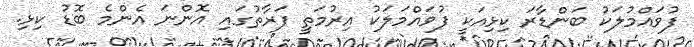
ފުވައްމުލަކު ބަންޑާރަ ކިޅިއަކީ ފުވައްމަލަކު އިރުމަތީ ފަރާތުގަައި އޮންނަ އެންމެ ބޮޑު ކިޅި.